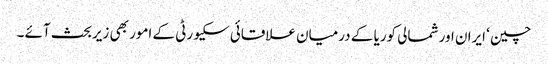
چین ‘ ایران اور شمالی کوریا کے درمیان علاقائی سکیورٹی کے امور بھی زیربحث آئے ۔